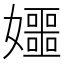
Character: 𪦰